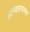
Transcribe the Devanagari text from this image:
अन्वितावस्था